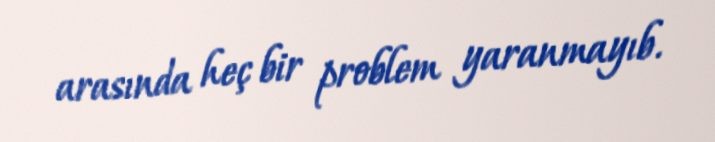
arasında heç bir problem yaranmayıb.